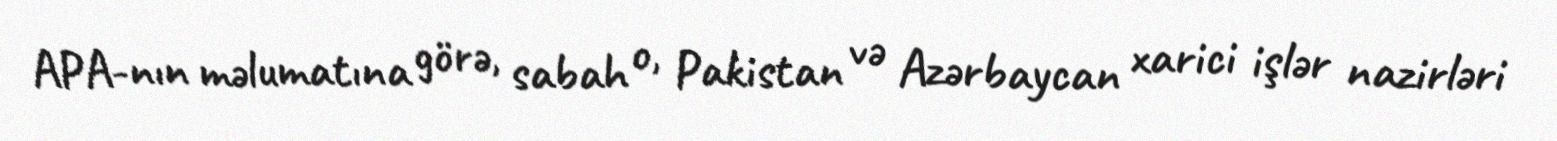
APA-nın məlumatına görə, sabah o, Pakistan və Azərbaycan xarici işlər nazirləri